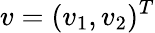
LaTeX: v=(v_{1},v_{2})^{T}